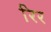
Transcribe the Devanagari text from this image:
रिर